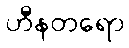
ဟီနတရော